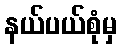
နယ်ပယ်စုံမှ